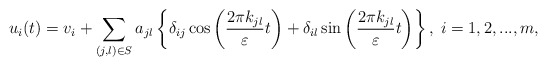
\begin{align*}u_i(t) = v_i + \sum_{(j,l)\in S} a_{jl}\left\{\delta_{ij}\cos\left(\frac{2\pi k_{jl} }{\varepsilon}t\right)+\delta_{il}\sin\left(\frac{2\pi k_{jl} }{\varepsilon}t\right)\right\},\;i=1,2,...,m,\end{align*}